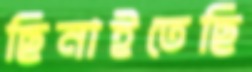
ছিনাইতেছি